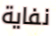
نفاية